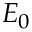
E _ { 0 }